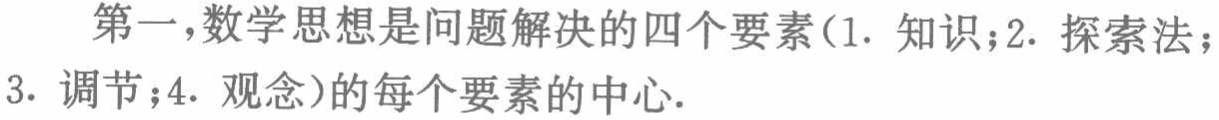
第一，数学思想是问题解决的四个要素（1. 知识；2. 探索法；3. 调节；4. 观念）的每个要素的中心.